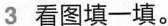
3 看图填一填。